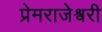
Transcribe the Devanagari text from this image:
प्रेमराजेश्वरी